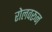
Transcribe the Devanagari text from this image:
रोलवरून